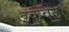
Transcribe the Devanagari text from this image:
इक॒वट॒